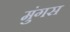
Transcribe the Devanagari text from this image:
मुंगस